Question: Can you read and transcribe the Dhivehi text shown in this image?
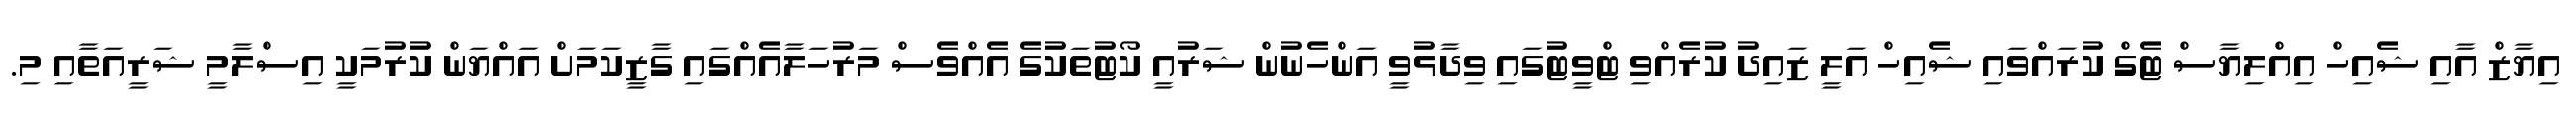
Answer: އިޔާޒް އާއި ޝެއިހް އިއްލިޔާސް ޓެގް ކުރައްވައި ޝެއިހް އަލީ ޒައިދު ކުރެއްވި ޓްވީޓުގައި ވިދާޅުވީ އަންހެނުން ޝަރުއީ ކޯޓުތަކުގެ އެއްވެސް މަރުހަލާއެއްގައި ގާޒީކަމަށް އައްޔަން ކުރުމަކީ އިސްލާމީ ޝަރީއަތާއި މި.